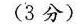
(3分)